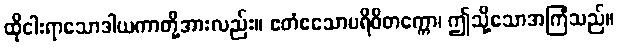
ထိုငါးရာသောဒါယကာတို့အားလည်း။ ဧတံဧသောပရိဝိတက္ကော၊ ဤသို့သောအကြံသည်။